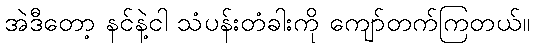
အဲဒီတော့ နင်နဲ့ငါ သံပန်းတံခါးကို ကျော်တက်ကြတယ်။